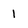
Character: 1